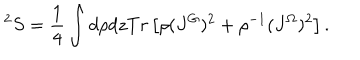
^ 2 S = \frac { 1 } { 4 } \int d \rho d z T r \left[ \rho ( J ^ { G } ) ^ { 2 } + \rho ^ { - 1 } ( J ^ { \Omega } ) ^ { 2 } \right] .